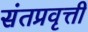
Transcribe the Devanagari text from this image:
संतप्रवृत्ती